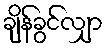
ချိန်ခွင်လျှာ